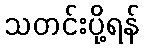
သတင်းပို့ရန်